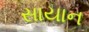
સાયાન